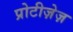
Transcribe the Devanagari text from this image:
प्रोटीज़ेज़